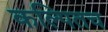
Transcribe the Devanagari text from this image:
कल्पितच